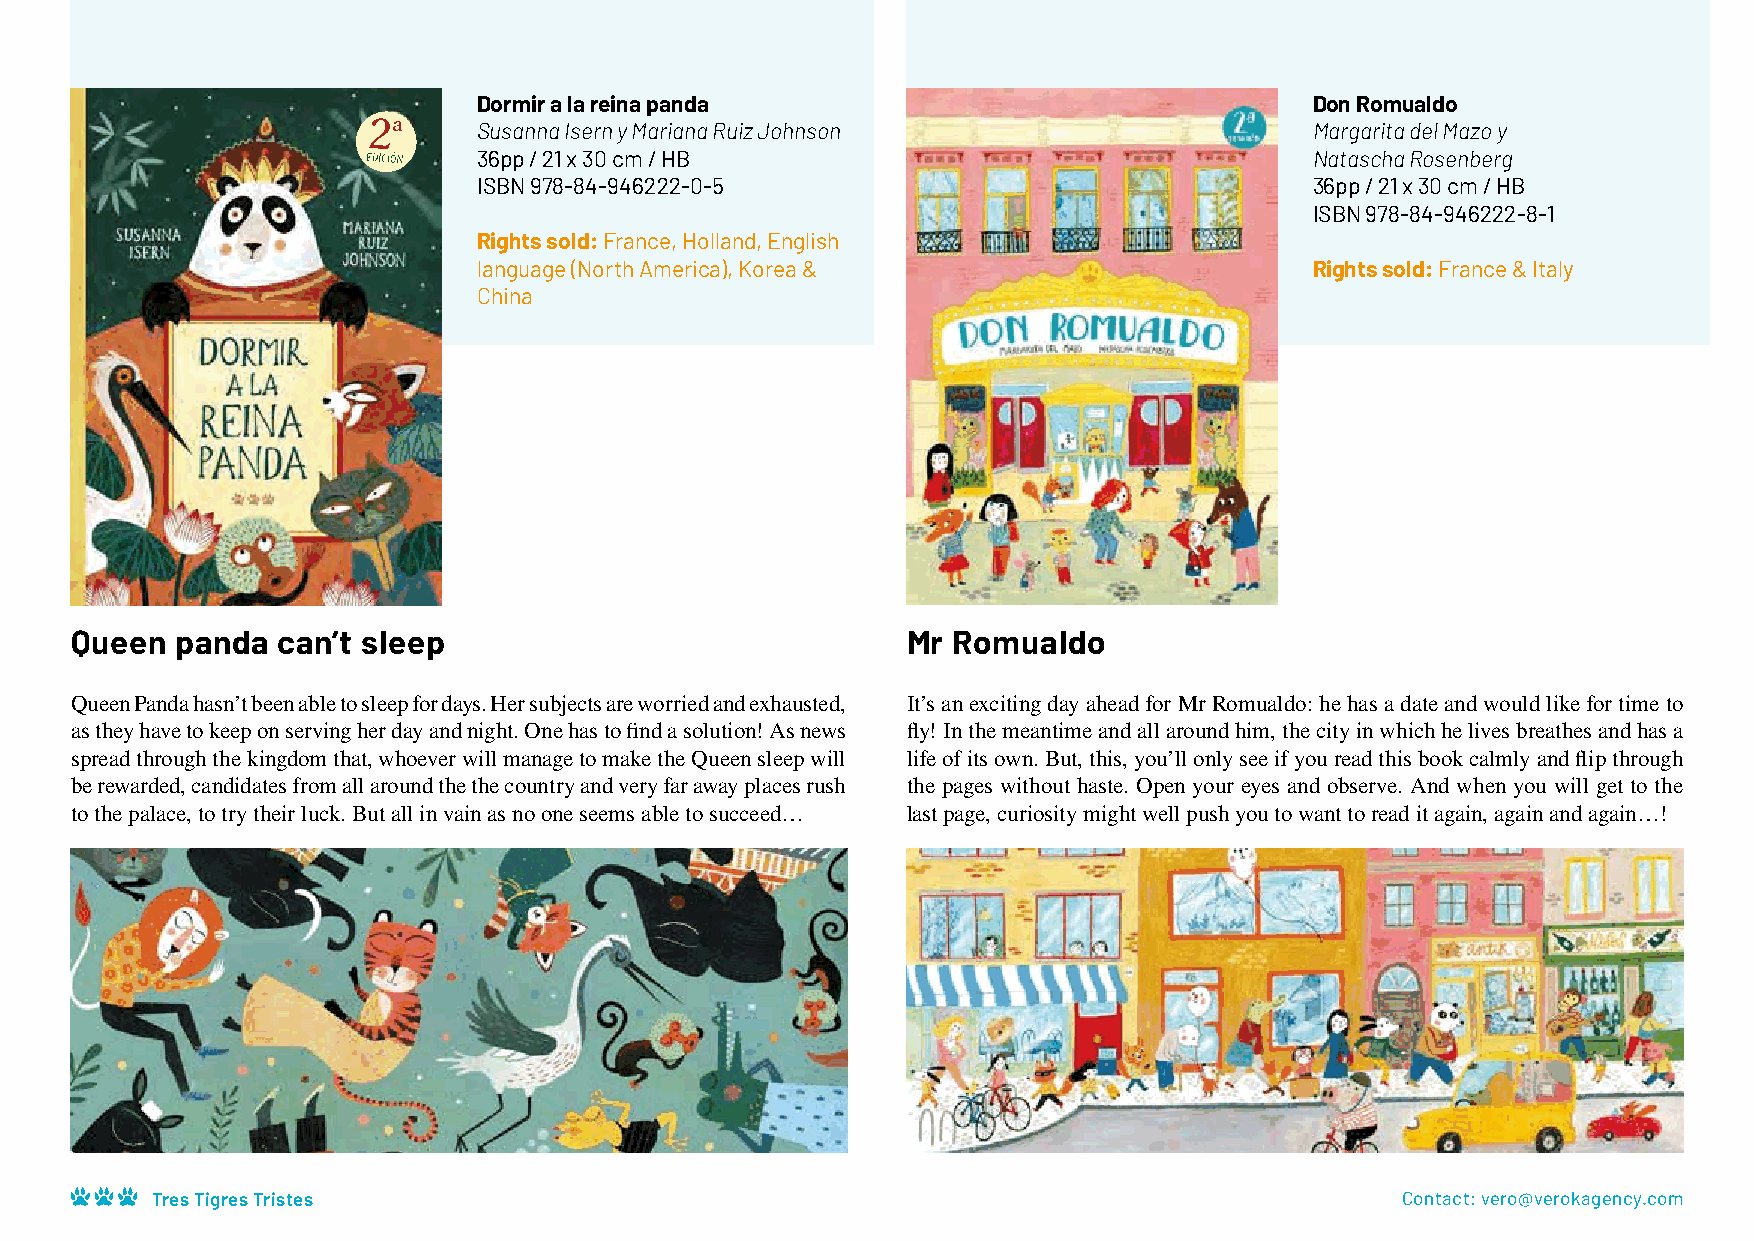
Dormir a la reina panda                                Don Romualdo
 Susanna Isern y Mariana Ruiz Johnson                   Margarita del Mazo y
 36pp / 21 x 30 cm / HB                                 Natascha Rosenberg
 ISBN 978-84-946222-0-5                                 36pp / 21 x 30 cm / HB
 ISBN 978-84-946222-8-1
 Rights sold: France, Holland, English
 language (North America), Korea &                      Rights sold: France & Italy
 China
 Queen  panda can’t sleep                               Mr Romualdo
 Queen Panda hasn’t been able to sleep for days. Her subjects are worried and exhausted, It’s an exciting day ahead for Mr Romualdo: he has a date and would like for time to
 as they have to keep on serving her day and night. One has to find a solution! As news fly! In the meantime and all around him, the city in which he lives breathes and has a
 spread through the kingdom that, whoever will manage to make the Queen sleep will life of its own. But, this, you’ll only see if you read this book calmly and flip through
 be rewarded, candidates from all around the the country and very far away places rush the pages without haste. Open your eyes and observe. And when you will get to the
 to the palace, to try their luck. But all in vain as no one seems able to succeed… last page, curiosity might well push you to want to read it again, again and again…!
 Tres Tigres Tristes                                                                Contact: vero@verokagency.com
 Irremediablemente, aquel increíble
 bostezo se fue contagiando de boca
 en boca. Bostezó el consejero real, la
 cocinera, los sastres, el mayordomo,
 el pastor, el bengalí, la cantante,
 los africanos… y todos se quedaron
 profundamente dormidos.